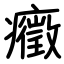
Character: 癥